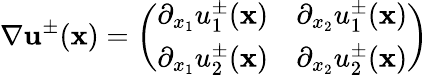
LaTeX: \nabla{\mathbf u}^{\pm}({\mathbf x})=\left(\begin{array}{ll}{\partial_{x_{1}}u_{1}^{\pm}({\mathbf x})}&{\partial_{x_{2}}u_{1}^{\pm}({\mathbf x})}\\ {\partial_{x_{1}}u_{2}^{\pm}({\mathbf x})}&{\partial_{x_{2}}u_{2}^{\pm}({\mathbf x})}\end{array}\right)